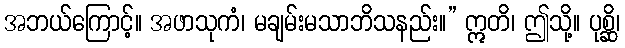
အဘယ်ကြောင့်။ အဖာသုကံ၊ မချမ်းမသာဘိသနည်း။” ဣတိ၊ ဤသို့။ ပုစ္ဆိ၊